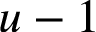
u - 1